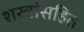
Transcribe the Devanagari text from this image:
शस्त्रांसहित